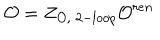
{ \cal O } = Z _ { { \cal O } , \; 2 - l o o p } { \cal O } ^ { r e n }